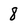
Character: 8